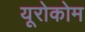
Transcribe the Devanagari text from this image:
यूरोकोम